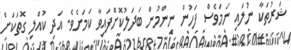
ޝަރުތަކާ ނުލައި ނަމަވެސް ފަހުން ނިންމުން ބަދަލުކޮށްފައިވާ ކަމަށެވެ. އަދި ކުއްލި ގޮތަކަށް